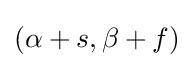
(\alpha +s,\beta +f)